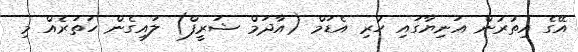
އޭގެ އިތުރުން އަނިޔާގައި ހުރި އެޑަމް (އާދަމް ޝަރީފް) ލައިގެން ހަތަރެއް މި